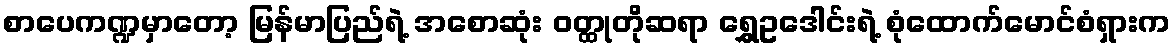
စာပေကဏ္ဍမှာတော့ မြန်မာပြည်ရဲ့ အစောဆုံး ဝတ္ထုတိုဆရာ ရွှေဥဒေါင်းရဲ့ စုံထောက်မောင်စံရှားက